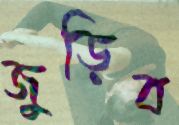
জুড়িব